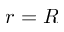
r = R